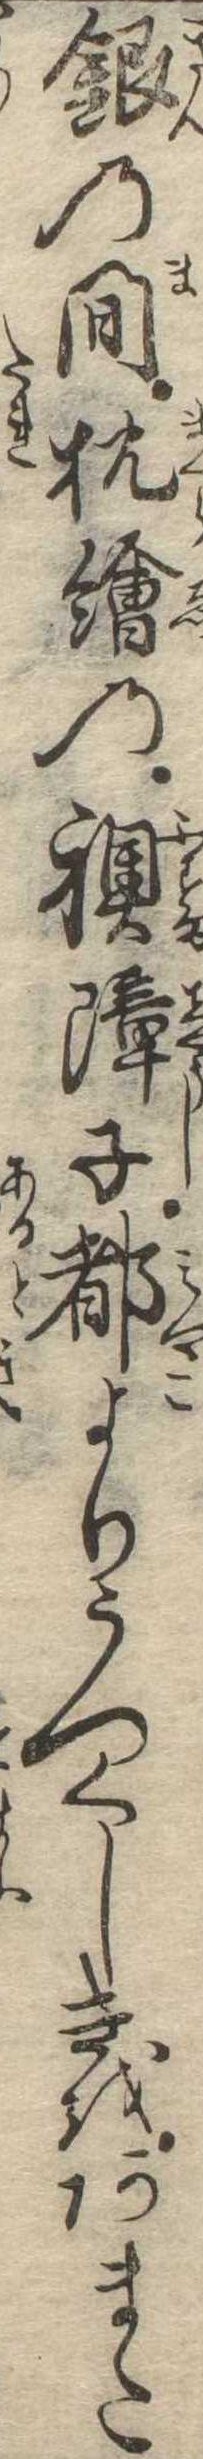
銀の間枕絵の襖障子都よりうつくしきをあまた